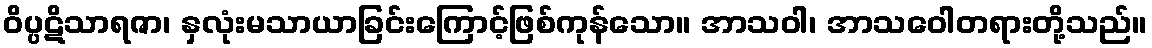
ဝိပ္ပဋိသာရဇာ၊ နှလုံးမသာယာခြင်းကြောင့်ဖြစ်ကုန်သော။ အာသဝါ၊ အာသဝေါတရားတို့သည်။